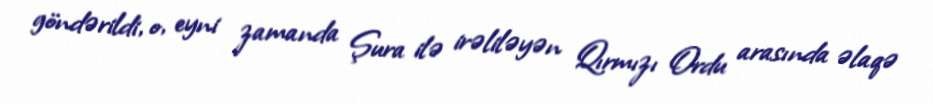
göndərildi, o, eyni zamanda Şura ilə irəliləyən Qırmızı Ordu arasında əlaqə